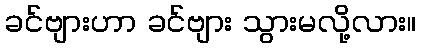
ခင်ဗျားဟာ ခင်ဗျား သွားမလို့လား။